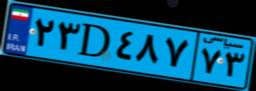
۲۳D۴۸۷۷۳